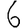
Digit: 6